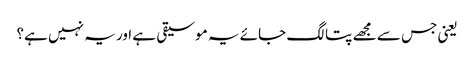
یعنی جس سے مجھے پتا لگ جائے یہ موسیقی ہے اور یہ نہیں ہے؟